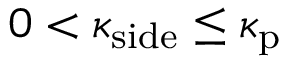
0 < \kappa _ { \mathrm { s i d e } } \le \kappa _ { \mathrm { p } }